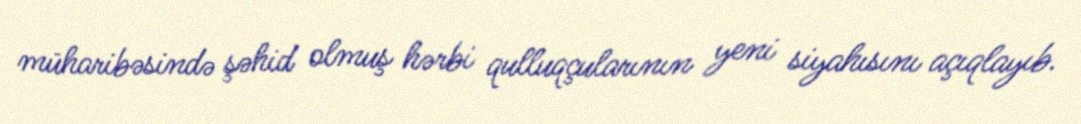
müharibəsində şəhid olmuş hərbi qulluqçularının yeni siyahısını açıqlayıb.